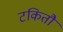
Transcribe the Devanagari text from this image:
टकितौ